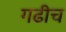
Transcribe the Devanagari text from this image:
गढीच